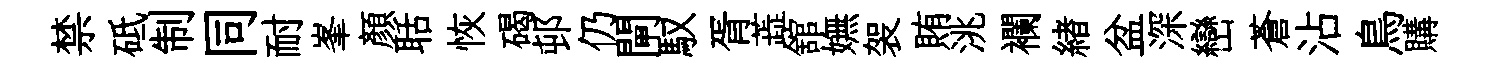
禁砥制同耐峯顔聒恢碣邨仍閘馭胥蕋舘嫵袈賄洮襴緖盆深巒蒼沾鳥購